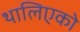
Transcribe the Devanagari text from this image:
थालिएको